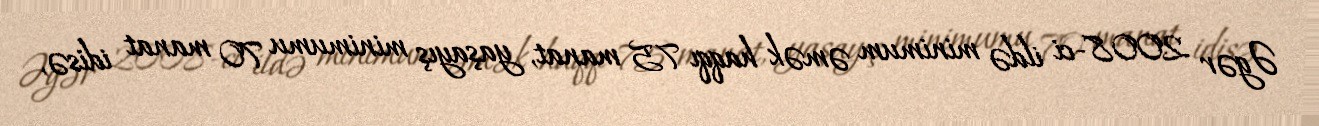
Əgər 2008-ci ildə minimum əmək haqqı 75 manat, yaşayış minimumu 70 manat idisə,